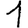
Digit: 1